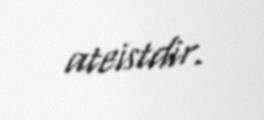
ateistdir.